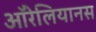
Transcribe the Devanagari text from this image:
ऑरेलियानस